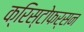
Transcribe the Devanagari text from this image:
क्रिस्टोफर्सन